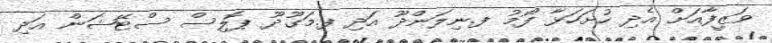
ވަޒީފާއަށް އެދި ހުށަހަޅާ ފޯމު ފ.ނިލަންދޫ އަދި ފ.މަގޫދޫ ޕޮލިސް ސްޓޭޝަން އަދި